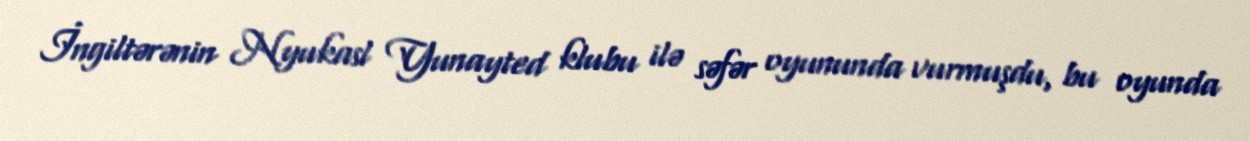
İngiltərənin Nyukasl Yunayted klubu ilə səfər oyununda vurmuşdu, bu oyunda